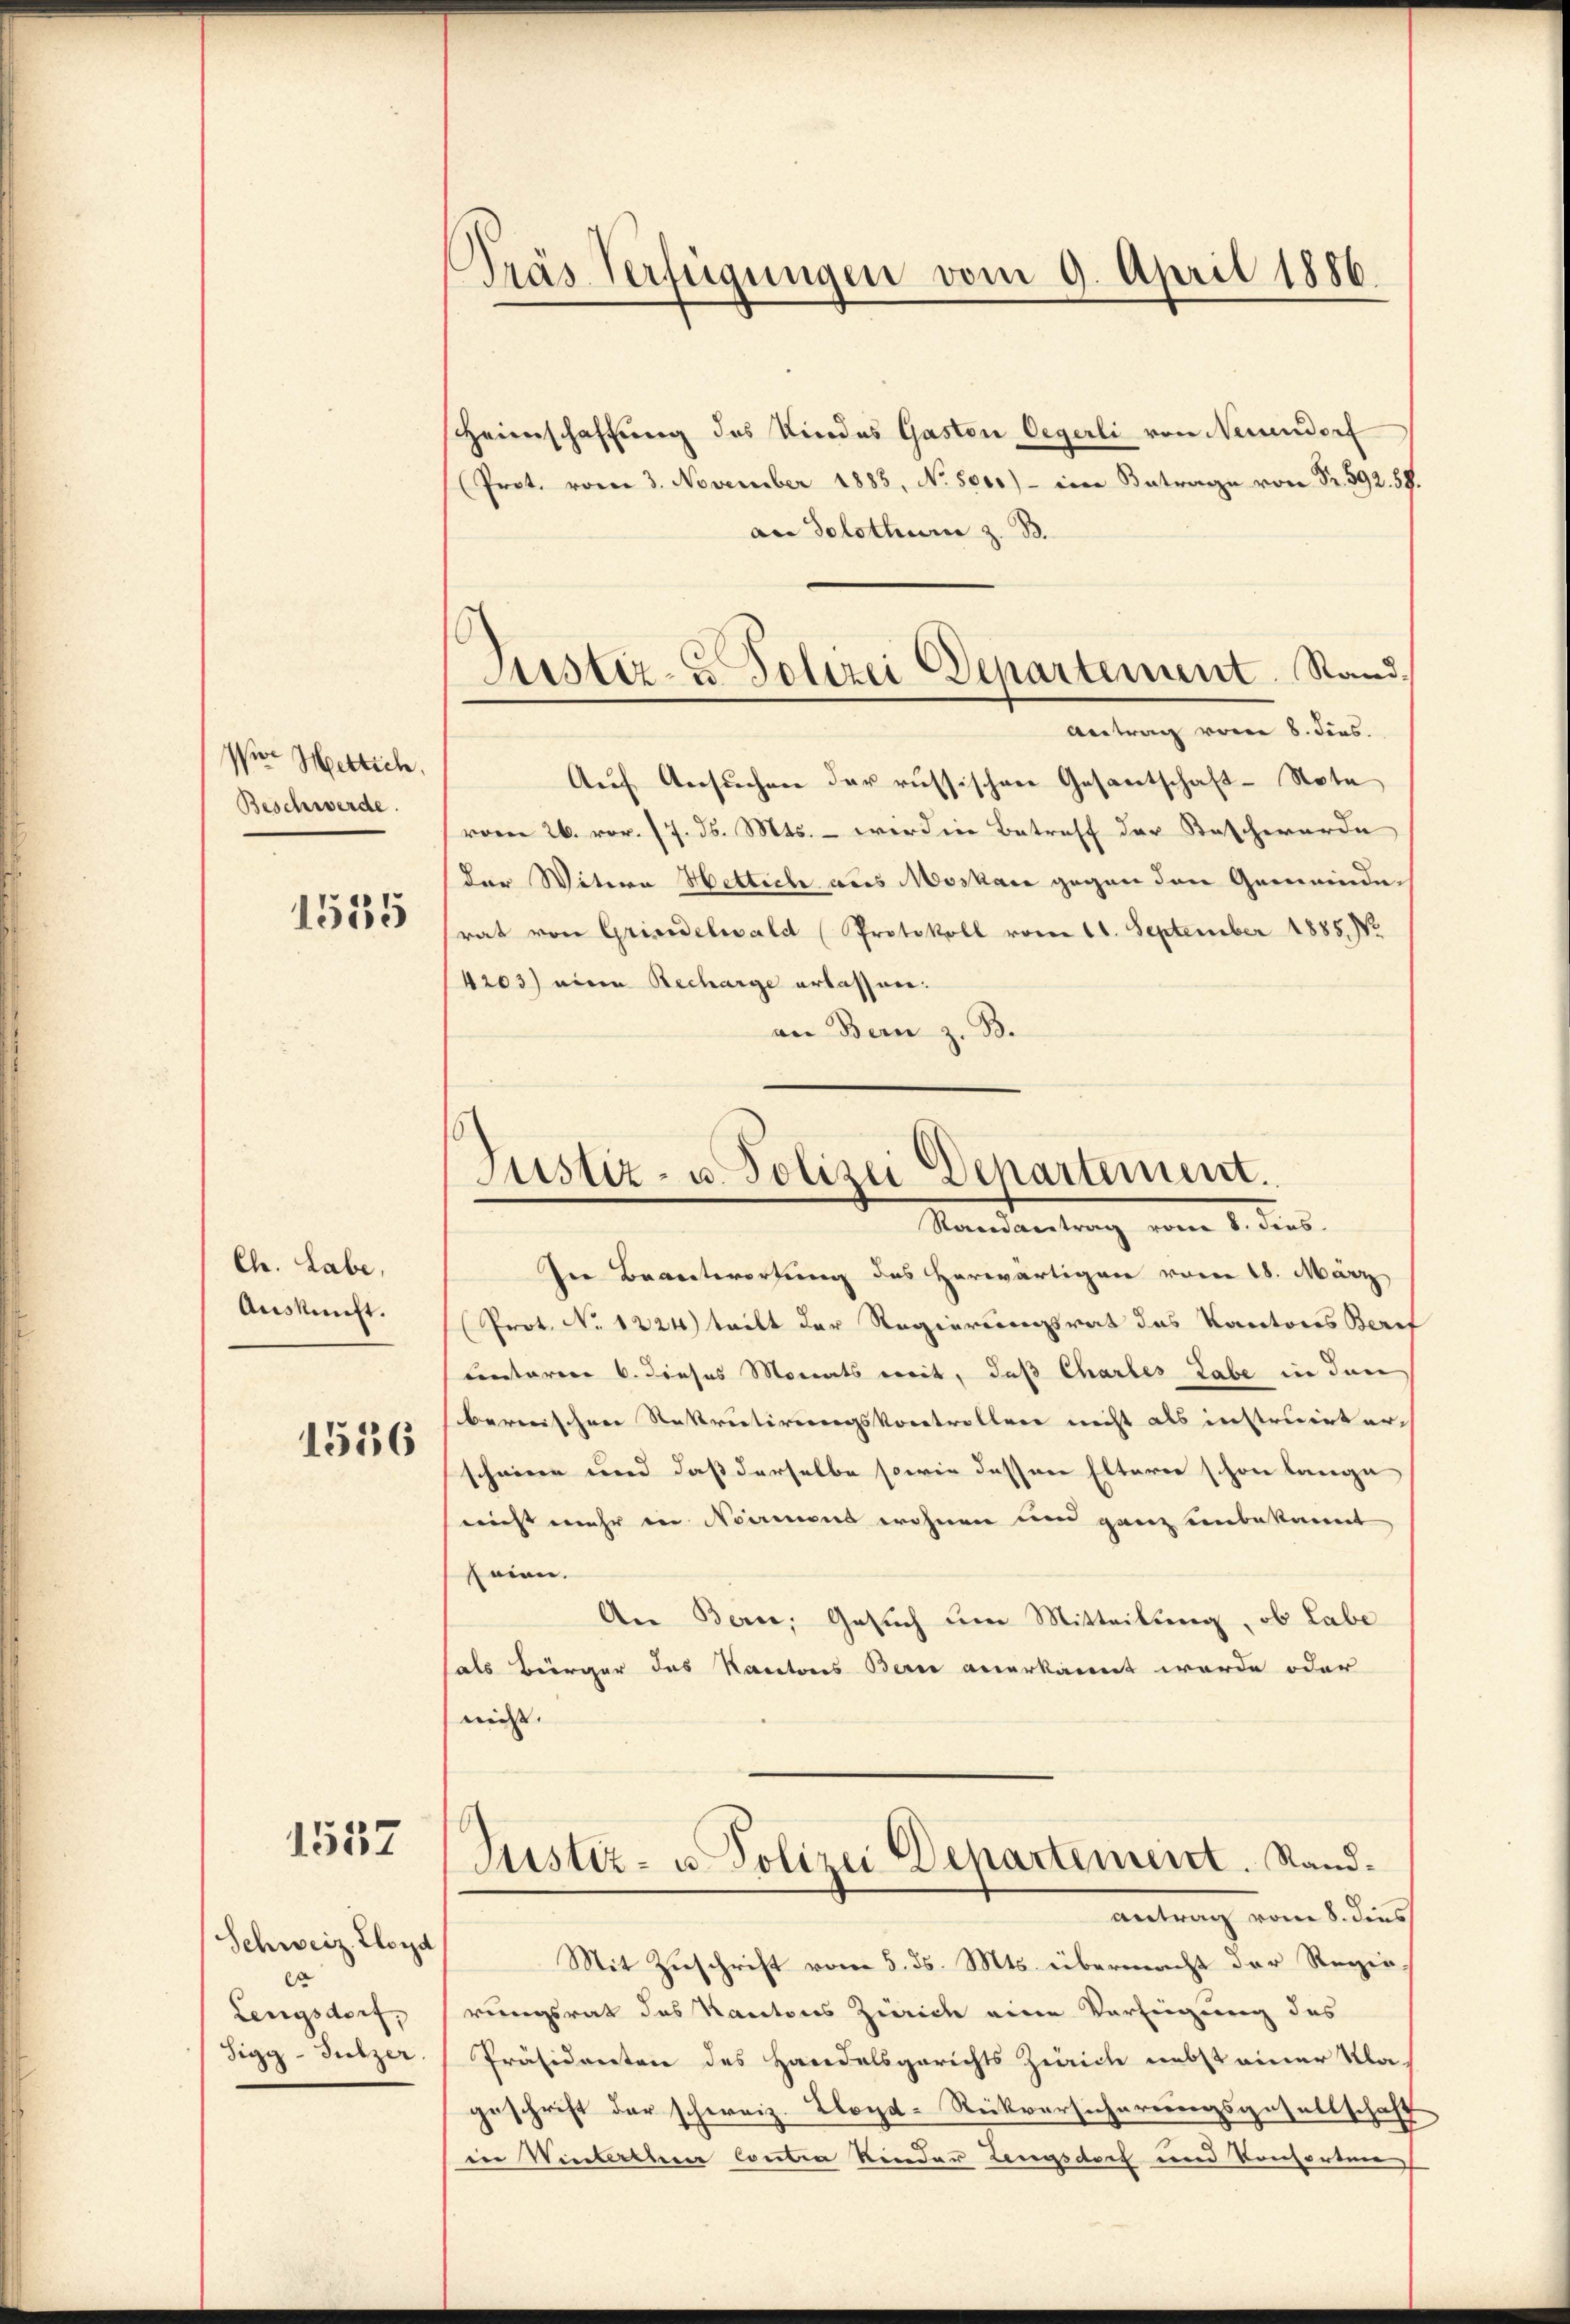
Vier Mettich.
Beschwerde.
1535

Ch. Labe,
Auskunft.

1536

1557

Schweiz. Lloyd
er
Lengsdorf,
Sigy-Sulzer.

Träs Verfügungen vom 9. April 1886

Justiz- u. Polizei Departement. Sand¬
Antrag vom 8. Fies.

heinschaffung des Kindes Gaston Oegerli von Neuendorf
Prot. vom 3. November 1883, No. 501.) - im Betrage von Fr. 592. 58.
an Solothur z. B.
Auf Ansuchen der russischen Gesantschaft-Note
vom 26. vor. 17. d. Mts. – wird in Betreff der Beschwerde
der Witere Hettich aus Moskau gegen den Gemeinderat von Grisadelwald (Protokoll vom 11. September 1885. Vo
4203) eine Recharge erlassen.
an Bern z. B.

Justiz- u. Polizei Departement.
Randantrag vom 8. dies

Ine Beantwortung des herwärtigen vom 18. März
Prot. No. 1224) teilt der Regierungsrat das Kantons Bere
centarere 6. dieses Monats weit, daß Chartes Labe in den
bernischen Rekrutirungskontrollen nicht als instruirt er-
scheine und daß derselbe sowie dessen Elterne schon lange
nicht mehr in Namens wohnen und ganz unbekannt
seien.
An Bern, Gesuch um Mitteilung, ob Labe
als Bürger des Kantons Bern anerkannt werde oder
nicht.
Justiz- u. Polizei Departement. Stand.
antrag vom 8. dies
Mit Zuschrift vom 5. ds. Mts. übermacht der Regie
rungsrat des Kantons Zürich eine Verfügung des
Präsidenten des Handelsgerichts Zürich nebst einer Kla-
geschrift der schweiz. Lloyd-Rückversicherungsgesellschaft
in Winterthen Contra Rinder Lengsdoch und Konsorten